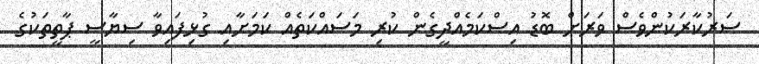
ސަރުކާރަކުންވެސް ވަރަށް ބޮޑު އިސްކަމެއްދީގެން ކުރި މަސައްކަތެއް ކަމަށާއި ގުޅިފައިވާ ސިޔާސީ ޕާތީތަކުގެ